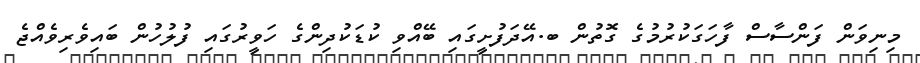
މިނިވަން ފަންސާސް ފާހަގަކުރުމުގެ ގޮތުން ބ.އޭދަފުށީގައި ބޭއްވި ކުޑަކުދިންގެ ހަވީރުގައި ފުލުހުން ބައިވެރިވެއްޖެ